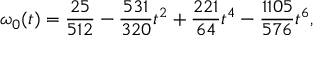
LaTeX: \omega _ { 0 } ( t ) = { \frac { 2 5 } { 5 1 2 } } - { \frac { 5 3 1 } { 3 2 0 } } t ^ { 2 } + { \frac { 2 2 1 } { 6 4 } } t ^ { 4 } - { \frac { 1 1 0 5 } { 5 7 6 } } t ^ { 6 } ,